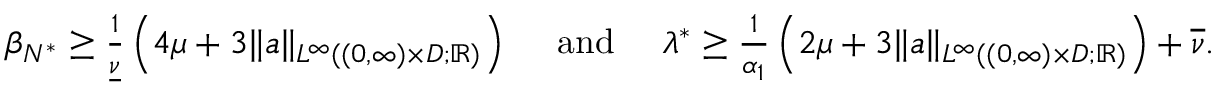
\begin{array} { r } { \beta _ { N ^ { * } } \geq \frac { 1 } { \underline { { \nu } } } \left( 4 \mu + 3 \| a \| _ { L ^ { \infty } ( ( 0 , \infty ) \times D ; \mathbb { R } ) } \right) \quad \mathrm { ~ a n d ~ } \quad \lambda ^ { * } \geq \frac { 1 } { \alpha _ { 1 } } \left( 2 \mu + 3 \| a \| _ { L ^ { \infty } ( ( 0 , \infty ) \times D ; \mathbb { R } ) } \right) + \overline { { \nu } } . } \end{array}